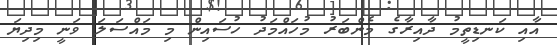
އާއި ކަނޑިތީމު ދާއިރާގެ މެންބަރު މުހައްމަދު ހުސައިން މި މައްސަލަ ވަނީ މިދިޔަ